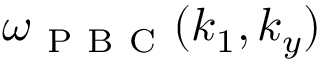
\omega _ { \mathrm { ~ P ~ B ~ C ~ } } ( k _ { 1 } , k _ { y } )